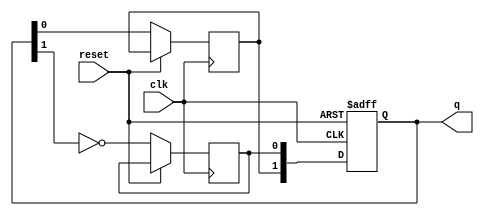
module dual_stage_johnson_counter (
    input wire clk,      // Clock signal
    input wire reset,    // Asynchronous reset signal
    output reg [1:0] q   // 2-bit output representing the state of the counter
);

// Internal signals for the flip-flops
reg d0, d1;

// Sequential logic for the Johnson counter
always @(posedge clk or posedge reset) begin
    if (reset) begin
        // Initialize both flip-flops to 0 on reset
        q <= 2'b00;
    end else begin
        // Johnson counter state transitions
        d0 <= ~q[1]; // Invert the output of the second flip-flop
        d1 <= q[0];  // Pass the current state of the first flip-flop
        q <= {d1, d0}; // Update the output register with new states
    end
end

endmodule